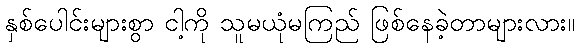
နှစ်ပေါင်းများစွာ ငါ့ကို သူမယုံမကြည် ဖြစ်နေခဲ့တာများလား။